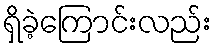
ရှိခဲ့ကြောင်းလည်း